Civil Veterinary Department. United Provinces 1912-22 - 1912-1922
Year: 1912
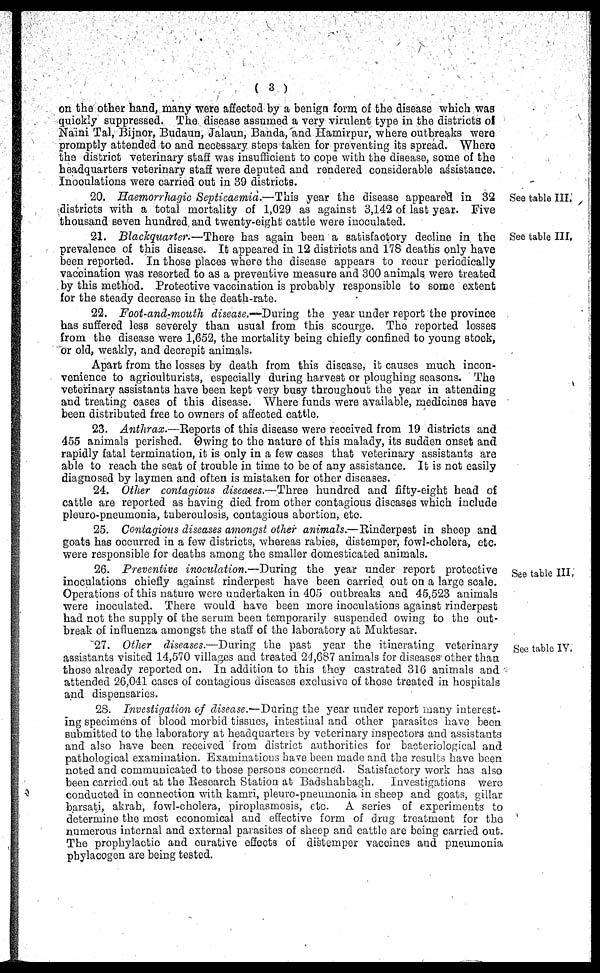
(3)
on the other hand, many were affected by a benign form of the disease which was
quickly suppressed. The disease assumed a very virulent type in the districts of
Naini Tal, Bijnor, Budaun, Jalaun, Banda, and Hamirpur, where outbreaks were
promptly attended to and necessary steps taken for preventing its spread. Where
the district veterinary staff was insufficient to cope with the disease, some of the
headquarters veterinary staff were deputed and rendered considerable assistance.
Inoculations were carried out in 39 districts.
See table III.
20. Haemorrhagic Septicaemia.—This year the disease appeared in 32
districts with a total mortality of 1,029 as against 3,142 of last year. Five
thousand seven hundred and twenty-eight cattle were inoculated.
See table III.
21. Blackquarter.—There has again been a satisfactory decline in the
prevalence of this disease. It appeared in 12 districts and 178 deaths only have
been reported. In those places where the disease appears to recur periodically
vaccination was resorted to as a preventive measure and 300 animals were treated
by this method. Protective vaccination is probably responsible to some extent
for the steady decrease in the death-rate.
22. Foot-and-mouth disease.—During the year under report the province
has suffered less severely than usual from this scourge. The reported losses
from the disease were 1,652, the mortality being chiefly confined to young stock,
or old, weakly, and decrepit animals.
Apart from the losses by death from this disease, it causes much incon-
venience to agriculturists, especially during harvest or ploughing seasons. The
veterinary assistants have been kept very busy throughout the year in attending
and treating oases of this disease. Where funds were available, medicines have
been distributed free to owners of affected cattle.
23. Anthrax.—Reports of this disease were received from 19 districts and
455 animals perished. Owing to the nature of this malady, its sudden onset and
rapidly fatal termination, it is only in a few cases that veterinary assistants are
able to reach the seat of trouble in time to be of any assistance. It is not easily
diagnosed by laymen and often is mistaken for other diseases.
24. Other contagious diseases.—Three hundred and fifty-eight head of
cattle are reported as having died from other contagious diseases which include
pleuro-pneumonia, tuberoulosis, contagious abortion, etc
25. Contagious diseases amongst other animals.—Rinderpest in sheep and
goats has occurred in a few districts, whereas rabies, distemper, fowl-cholera, etc
were responsible for deaths anions the smaller domesticated animals.
See table III.
26. Preventive inoculation.—During the year under report protective
inoculations chiefly against rinderpest have been carried out on a large scale.
Operations of this nature were undertaken in 405 outbreaks and 45,523 animals
were inoculated. There would have been more inoculations against rinderpest
had not the supply of the serum been temporarily suspended owing to the out-
break of influenza amongst the staff of the laboratory at Muktesar.
See table IV.
27. Other diseases.—During the past year the itinerating veterinary
assistants visited 14,570 villages and treated 24,687 animals for diseases other than
those already reported on. In addition to this they castrated 316 animals and
attended 26,041 cases of contagious diseases exclusive of those treated in hospitals
and dispensaries.
28. Investigation of disease.—During the year under report many interest-
ing specimens of blood morbid tissues, intestinal and other parasites have been
submitted to the laboratory at headquarters by veterinary inspectors and assistants
and also have been received from district authorities for bacteriological and
pathological examination. Examinations have been made and the results have been
noted and communicated to those persons concerned. Satisfactory work has also
been carried out at the Research Station at Badshahbagh. Investigations were
conducted in connection with kamri, pleuro-pneumonia in sheep and goats, gillar
barsati, akrah, fowl-cholera, piroplasmosis, etc. A scries of experiments to
determine the most economical and effective form of drug treatmont for the
numerous internal and external parasites of sheep and cattle are being carried out.
The prophylactic and curative effects of distemper vaceines and pneumonia
phylacogen are being tested.